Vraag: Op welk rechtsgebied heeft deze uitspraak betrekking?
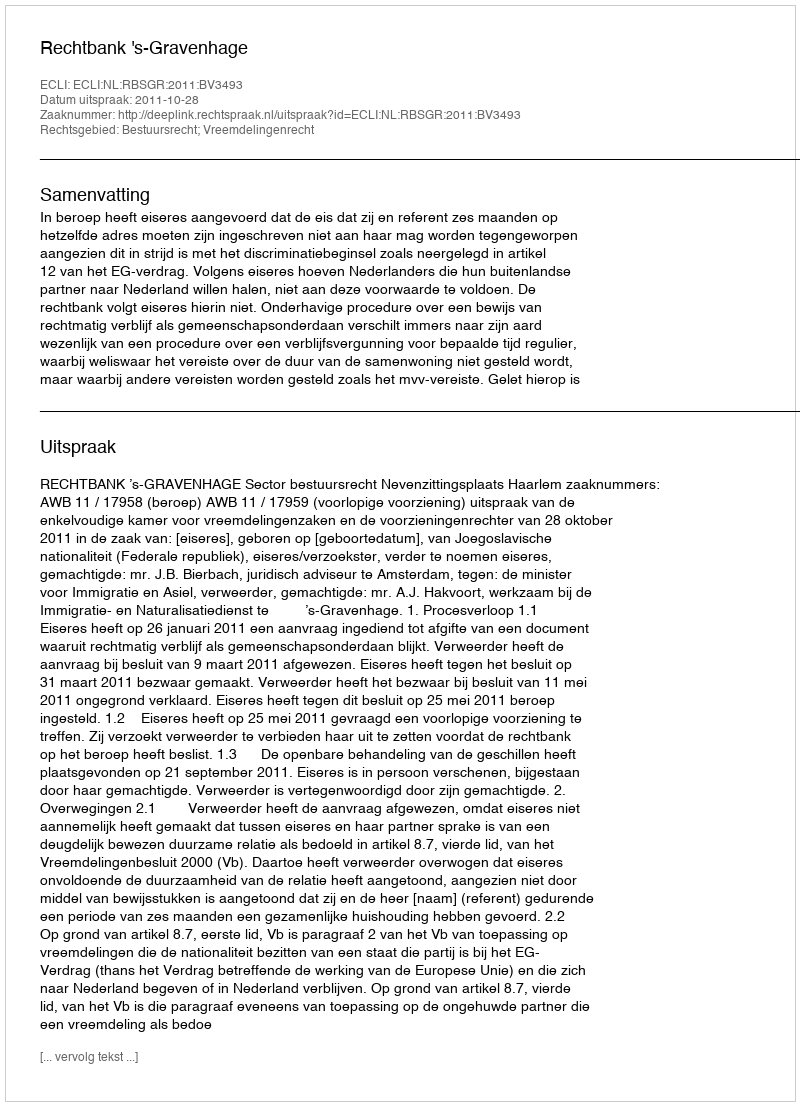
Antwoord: Bestuursrecht; Vreemdelingenrecht